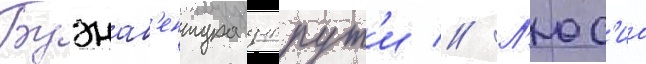
Буэнав'ентура дуррут'и // Л'юс'иа